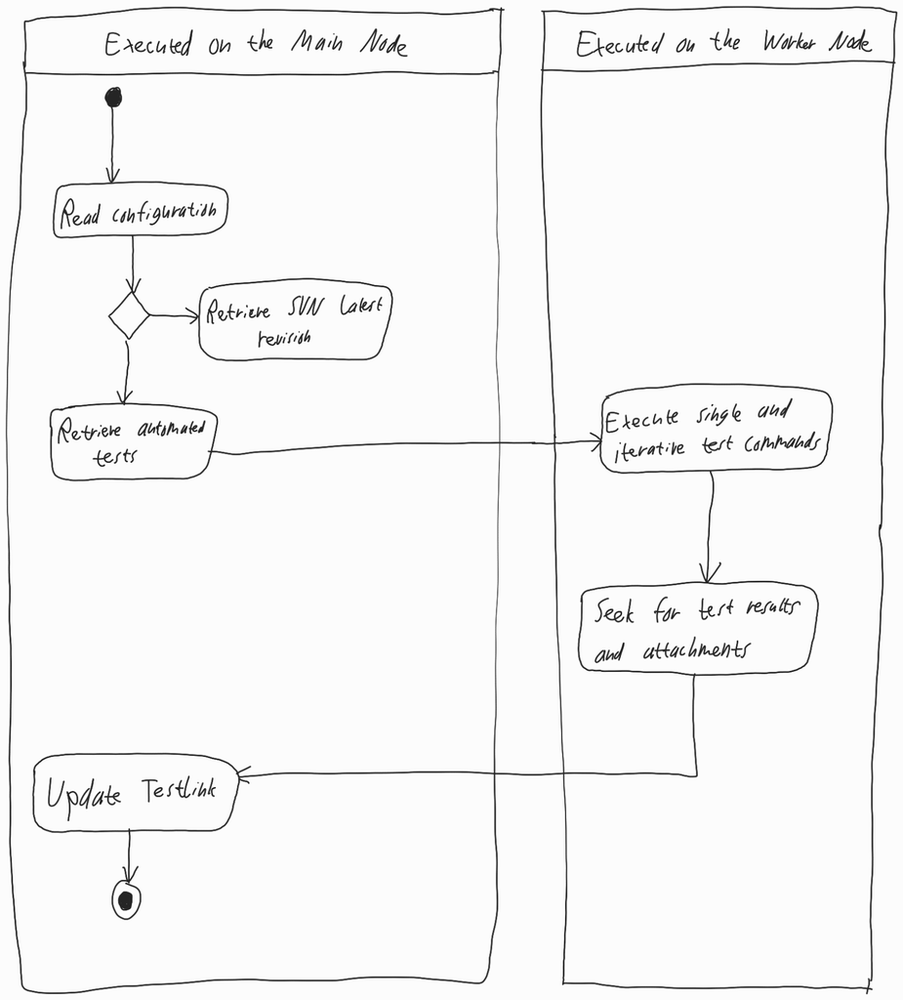
Diagram type: activity_diagram
```plantuml
@startuml

|Executed on the Main Node|

start

:Read configuration;

if ()
  :Retrieve SVN latest revision;
  detach
endif

:Retrieve automated tests;

|Executed on the Worker Node|

:Execute single and iterative test commands;

:Seek for test results and attachments;

|Executed on the Main Node|

:Update Testlink;

stop

@enduml
```